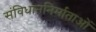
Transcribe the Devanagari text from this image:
संविधाननिर्माताओं